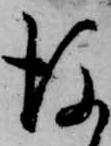
後